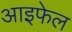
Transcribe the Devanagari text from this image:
आइफेल